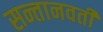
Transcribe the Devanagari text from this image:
सन्तानवती